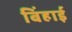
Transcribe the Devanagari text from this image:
बिंहाई